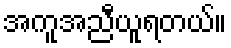
အကူအညီယူရတယ်။